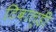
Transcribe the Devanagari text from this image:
टिबाल्डी